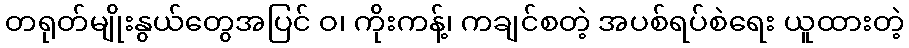
တရုတ်မျိုးနွယ်တွေအပြင် ဝ၊ ကိုးကန့်၊ ကချင်စတဲ့ အပစ်ရပ်စဲရေး ယူထားတဲ့